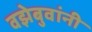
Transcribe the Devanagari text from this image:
वझेबुवांनी